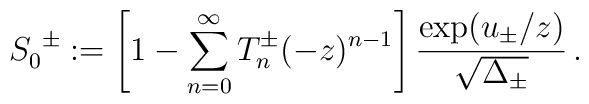
S_0^{\ \pm} := \left[ 1- \sum_{n=0}^\infty T_n^\pm (-z)^{n-1} \right]{\exp(u_\pm/z)\over \sqrt{\Delta_\pm}}\, .